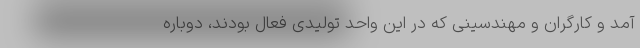
آمد و کارگران و مهندسینی که در این واحد تولیدی فعال بودند، دوباره